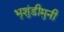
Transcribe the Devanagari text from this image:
भृशुंडीमुनी